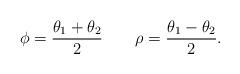
LaTeX: \begin{align*}\phi=\frac{\theta_1+\theta_2}{2}\quad\quad\rho=\frac{\theta_1-\theta_2}{2}.\end{align*}